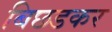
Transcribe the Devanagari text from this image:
बिछडकर